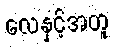
လေနှင့်အတူ